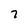
Character: 7